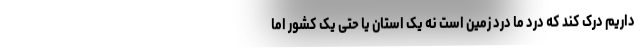
داریم درک کند که درد ما درد زمین است نه یک استان یا حتی یک کشور اما